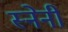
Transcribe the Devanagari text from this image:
स्नेनी